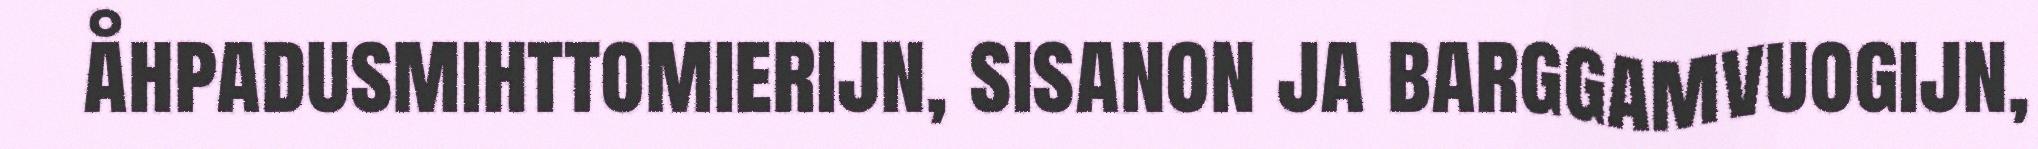
åhpadusmihttomierijn, sisanon ja barggamvuogijn,